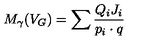
M _ { \gamma } ( V _ { G } ) = \sum \frac { Q _ { i } J _ { i } } { p _ { i } \cdot q }